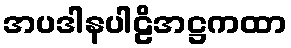
အပဒါနပါဠိအဋ္ဌကထာ